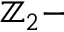
\mathbb { Z } _ { 2 } -